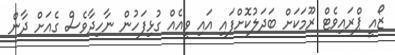
ޒޯއީ ޕްރައިވެޓް ރޫމަކަށް ބަދަލުކޮށްފައި އައި ވީއެއް ގުޅިފަހުން ނާހިދާވެސް ގެއަށް ދާން